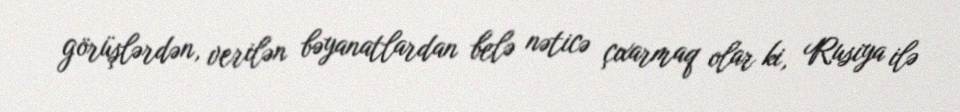
görüşlərdən, verilən bəyanatlardan belə nəticə çıxarmaq olar ki, Rusiya ilə